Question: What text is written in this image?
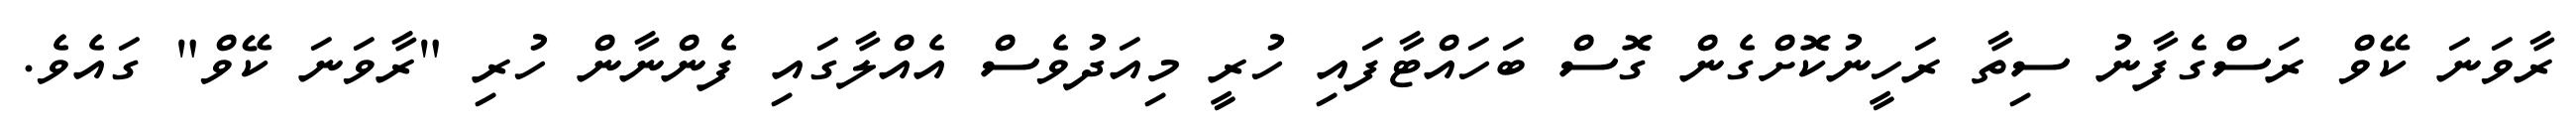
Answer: ރާވަނަ ކޭވް ރަސްގެފާނު ސިތާ ރަހީނުކޮށްގެން ގޮސް ބަހައްޓާފައި ހުރީ މިއަދުވެސް އެއްލާގައި ފެންނާން ހުރި "ރާވަނަ ކޭވް" ގައެވެ.